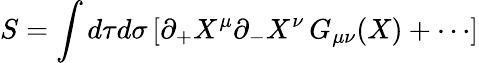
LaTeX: S=\int d\tau d\sigma\, [\partial_{+}X^{\mu}\partial_{-}X^{\nu}\, G_{\mu\nu}(X)+\cdots]